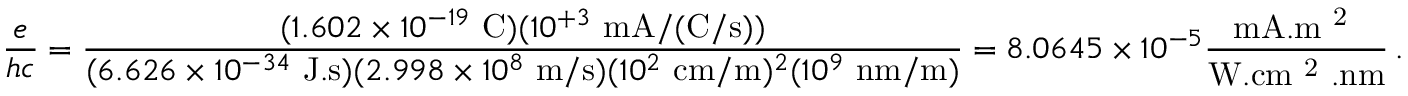
\frac { e } { h c } = \frac { ( 1 . 6 0 2 \times 1 0 ^ { - 1 9 } \mathrm { ~ C } ) ( 1 0 ^ { + 3 } \mathrm { ~ m A / ( C / s ) } ) } { ( 6 . 6 2 6 \times 1 0 ^ { - 3 4 } \mathrm { ~ J . s } ) ( 2 . 9 9 8 \times 1 0 ^ { 8 } \mathrm { ~ m / s } ) ( 1 0 ^ { 2 } \mathrm { ~ c m / m } ) ^ { 2 } ( 1 0 ^ { 9 } \mathrm { ~ n m / m } ) } = 8 . 0 6 4 5 \times 1 0 ^ { - 5 } \frac { \mathrm { m A . m ~ ^ 2 ~ } } { \mathrm { W . c m ~ ^ 2 ~ . n m } } \, .